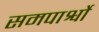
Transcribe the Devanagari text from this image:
समपार्श्वो